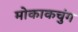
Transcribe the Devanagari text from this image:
मोकाकचुंग